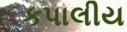
કપાલીય